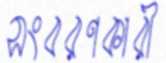
সংবরণকারী